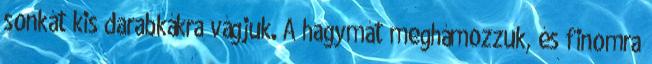
sonkát kis darabkákra vágjuk. A hagymát meghámozzuk, és finomra